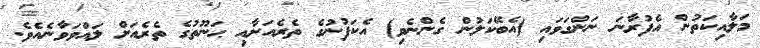
މަލާއިކަތުން އެފުރާނަ ނަންގަވައި (އެބޭކަލުން ގެންނެވި) އެކަފުނުގެ ތެރެއަށާއި ޙަނޫތުގެ ތެރެއަށް ލައްވަވާނެއެވެ.